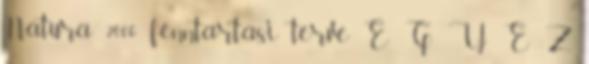
Natura 2000 fenntartási terve E G Y E Z